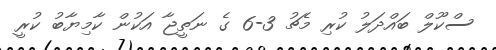
ސްކޫލް ބައްދަލު ކުރި މެޗު 3-6 ގެ ނަތީޖާ އަކުން ކާމިޔާބު ކުރީ